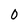
Character: 0